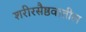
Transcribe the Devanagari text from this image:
शरीरसैष्ठवातील